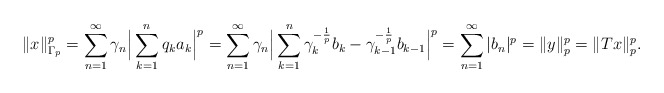
\begin{align*}\|x\|_{\Gamma_p}^p&=\displaystyle\sum_{n=1}^{\infty}\gamma_{n} \Big|\displaystyle\sum_{k=1}^{n}q_ka_{k}\Big|^{p}=\displaystyle\sum_{n=1}^{\infty}\gamma_{n} \Big|\displaystyle\sum_{k=1}^{n}\gamma_k^{-\frac{1}{p}}b_k-\gamma_{k-1}^{-\frac{1}{p}}b_{k-1}\Big|^{p}= \sum_{n=1}^{\infty}|b_n|^p=\|y\|_p^p=\|Tx\|_p^p.\end{align*}